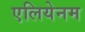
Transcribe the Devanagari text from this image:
एलियेनम